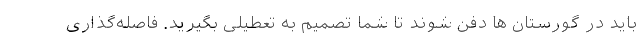
باید در گورستان ها دفن شوند تا شما تصمیم به تعطیلی بگیرید. فاصله‌گذاری